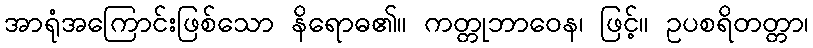
အာရုံအကြောင်းဖြစ်သော နိရောဓ၏။ ကတ္တုဘာဝေန၊ ဖြင့်။ ဥပစရိတတ္တာ၊